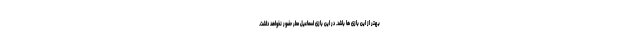
بهتر از این بازی ها باشد. در این بازی اسماعیل مطر حضور نخواهد داشت.